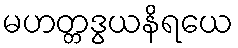
မဟတ္တဒွယနိရယေ